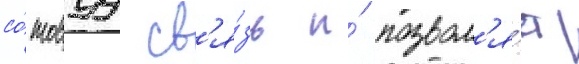
со́товуу св'я́зь и́ позвол'я́ет